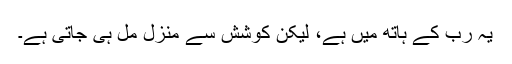
یہ رب کے ہاتھ میں ہے، لیکن کوشش سے منزل مل ہی جاتی ہے۔